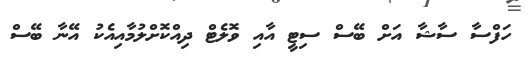
ހަފްސާ ސާޝާ އަށް ބޭސް ސިޓީ އާއި ވޮލެޓް ދިއްކޮށްލުމާއިއެކު އޭނާ ބޭސް